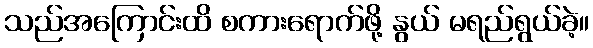
သည်အကြောင်းထိ စကားရောက်ဖို့ နွယ် မရည်ရွယ်ခဲ့။